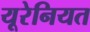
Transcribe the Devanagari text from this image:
यूरेनियत